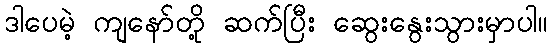
ဒါပေမဲ့ ကျနော်တို့ ဆက်ပြီး ဆွေးနွေးသွားမှာပါ။